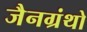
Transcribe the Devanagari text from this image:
जैनग्रंथो